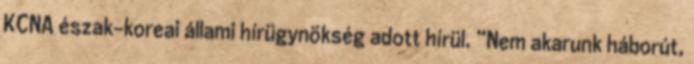
KCNA észak-koreai állami hírügynökség adott hírül. “Nem akarunk háborút,